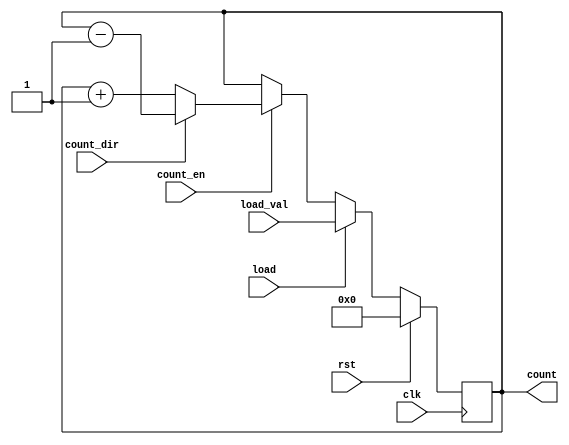
module SynchronousLoadCounter #(
    parameter WIDTH = 8  // Specify the width of the counter
)(
    input wire clk,              // Clock input
    input wire rst,              // Synchronous reset
    input wire load,             // Load control signal
    input wire [WIDTH-1:0] load_val, // Value to load into the counter
    input wire count_en,         // Count enable signal
    input wire count_dir,        // Count direction: 0 for up, 1 for down
    output reg [WIDTH-1:0] count // Current count value
);

    // Synchronous process for the counter
    always @(posedge clk) begin
        if (rst) begin
            // Reset the counter to 0
            count <= 0;
        end else if (load) begin
            // Load the new value into the counter
            count <= load_val;
        end else if (count_en) begin
            // Count up or down based on count_dir
            if (count_dir) begin
                // Down counting
                count <= count - 1;
            end else begin
                // Up counting
                count <= count + 1;
            end
        end
        // If count_en is not asserted, the count remains unchanged
    end

endmodule